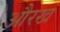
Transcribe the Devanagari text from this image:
औरख